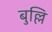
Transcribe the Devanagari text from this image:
बुल्लि